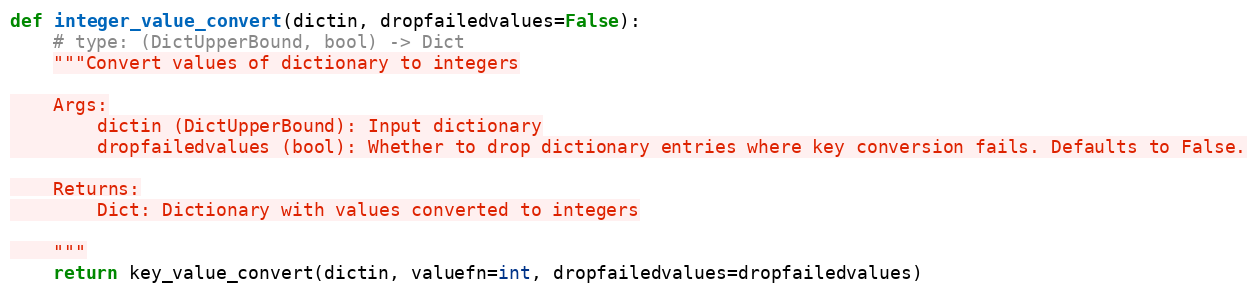
Language: Python
def integer_value_convert(dictin, dropfailedvalues=False):
    # type: (DictUpperBound, bool) -> Dict
    """Convert values of dictionary to integers

    Args:
        dictin (DictUpperBound): Input dictionary
        dropfailedvalues (bool): Whether to drop dictionary entries where key conversion fails. Defaults to False.

    Returns:
        Dict: Dictionary with values converted to integers

    """
    return key_value_convert(dictin, valuefn=int, dropfailedvalues=dropfailedvalues)